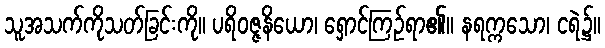
သူအသက်ကိုသတ်ခြင်းကို။ ပရိဝဇ္ဇနိယော၊ ရှောင်ကြဉ်ရာ၏။ နရက္ကသော၊ ငရဲ၌။